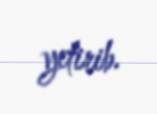
yetirib.